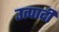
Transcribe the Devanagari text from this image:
उत्पादी